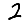
Digit: 2